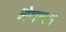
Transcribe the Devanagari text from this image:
रोडावला